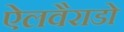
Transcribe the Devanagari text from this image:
ऐलवैराडो